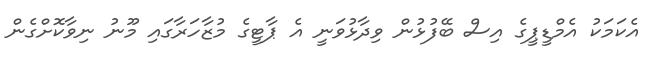
އެކަމަކު އެމްޑީޕީގެ އިސް ބޭފުޅުން ވިދާޅުވަނީ އެ ޕާޓީގެ މުޒާހަރާގައި މޫނު ނިވާކޮށްގެން